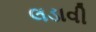
લડાવી